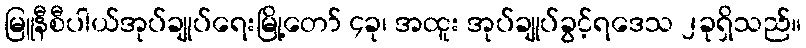
မြူနီစီပါယ်အုပ်ချုပ်ရေးမြို့တော် ၄ခု၊ အထူး အုပ်ချုပ်ခွင့်ရဒေသ ၂ခုရှိသည်။